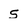
Character: s